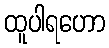
ထူပါရဟော